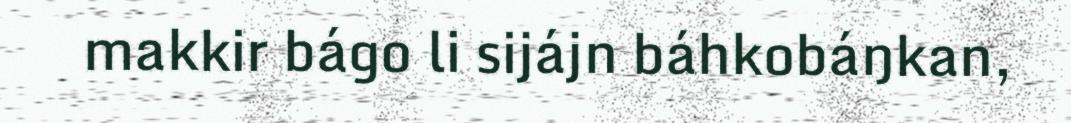
makkir bágo li sijájn báhkobáŋkan,